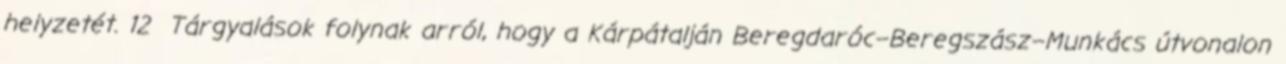
helyzetét. 12 Tárgyalások folynak arról, hogy a Kárpátalján Beregdaróc–Beregszász–Munkács útvonalon